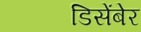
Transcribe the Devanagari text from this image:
डिसेंबेर